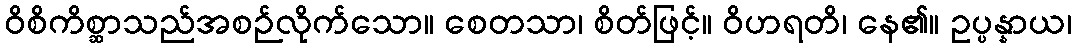
ဝိစိကိစ္ဆာသည်အစဉ်လိုက်သော။ စေတသာ၊ စိတ်ဖြင့်။ ဝိဟရတိ၊ နေ၏။ ဥပ္ပန္နာယ၊